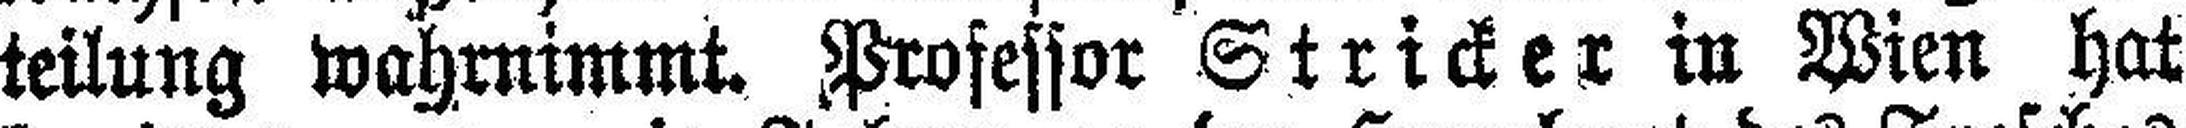
teilung wahrnimmt. Professor Stricker in Wien hat